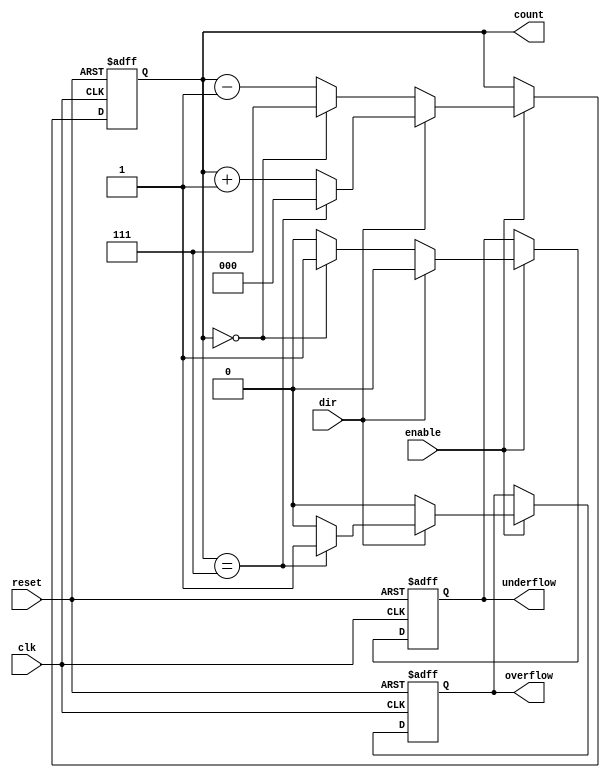
module synchronous_counter (
    input wire clk,          // Clock input
    input wire reset,        // Asynchronous reset
    input wire enable,       // Enable signal
    input wire dir,          // Direction control (1 for up, 0 for down)
    output reg [2:0] count,  // 3-bit counter output
    output reg overflow,      // Overflow indicator
    output reg underflow      // Underflow indicator
);

    // Define the maximum count value for a 3-bit counter
    localparam MAX_COUNT = 3'b111; // 7 in decimal
    localparam MIN_COUNT = 3'b000; // 0 in decimal

    always @(posedge clk or posedge reset) begin
        if (reset) begin
            count <= MIN_COUNT; // Reset counter to 0
            overflow <= 1'b0;    // Clear overflow flag
            underflow <= 1'b0;    // Clear underflow flag
        end else if (enable) begin
            if (dir) begin // Counting up
                if (count == MAX_COUNT) begin
                    count <= MIN_COUNT; // Wrap around to 0
                    overflow <= 1'b1;    // Set overflow flag
                end else begin
                    count <= count + 1; // Increment count
                    overflow <= 1'b0;    // Clear overflow flag
                end
                underflow <= 1'b0; // Clear underflow flag
            end else begin // Counting down
                if (count == MIN_COUNT) begin
                    count <= MAX_COUNT; // Wrap around to max value
                    underflow <= 1'b1;   // Set underflow flag
                end else begin
                    count <= count - 1; // Decrement count
                    underflow <= 1'b0;   // Clear underflow flag
                end
                overflow <= 1'b0; // Clear overflow flag
            end
        end
    end

endmodule